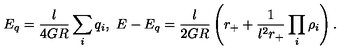
E _ { q } = \frac { l } { 4 G R } \sum _ { i } q _ { i } , \ E - E _ { q } = \frac { l } { 2 G R } \left( r _ { + } + \frac { 1 } { l ^ { 2 } r _ { + } } \prod _ { i } \rho _ { i } \right) .